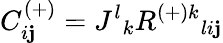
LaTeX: C_{i\mathbf{j}}^{(+)}=J^{l}{}_{k}R^{{(+)}k}{}_{li\mathbf{j}}